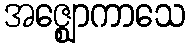
အဇ္ဈောကာသေ